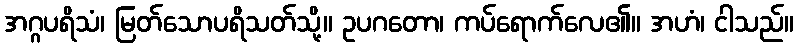
အဂ္ဂပရိသံ၊ မြတ်သောပရိသတ်သို့။ ဥပဂတော၊ ကပ်ရောက်လေ၏။ အဟံ၊ ငါသည်။